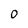
Character: 0